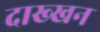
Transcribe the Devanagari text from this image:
दाख्खन